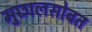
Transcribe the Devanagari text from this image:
मुछालसोबत